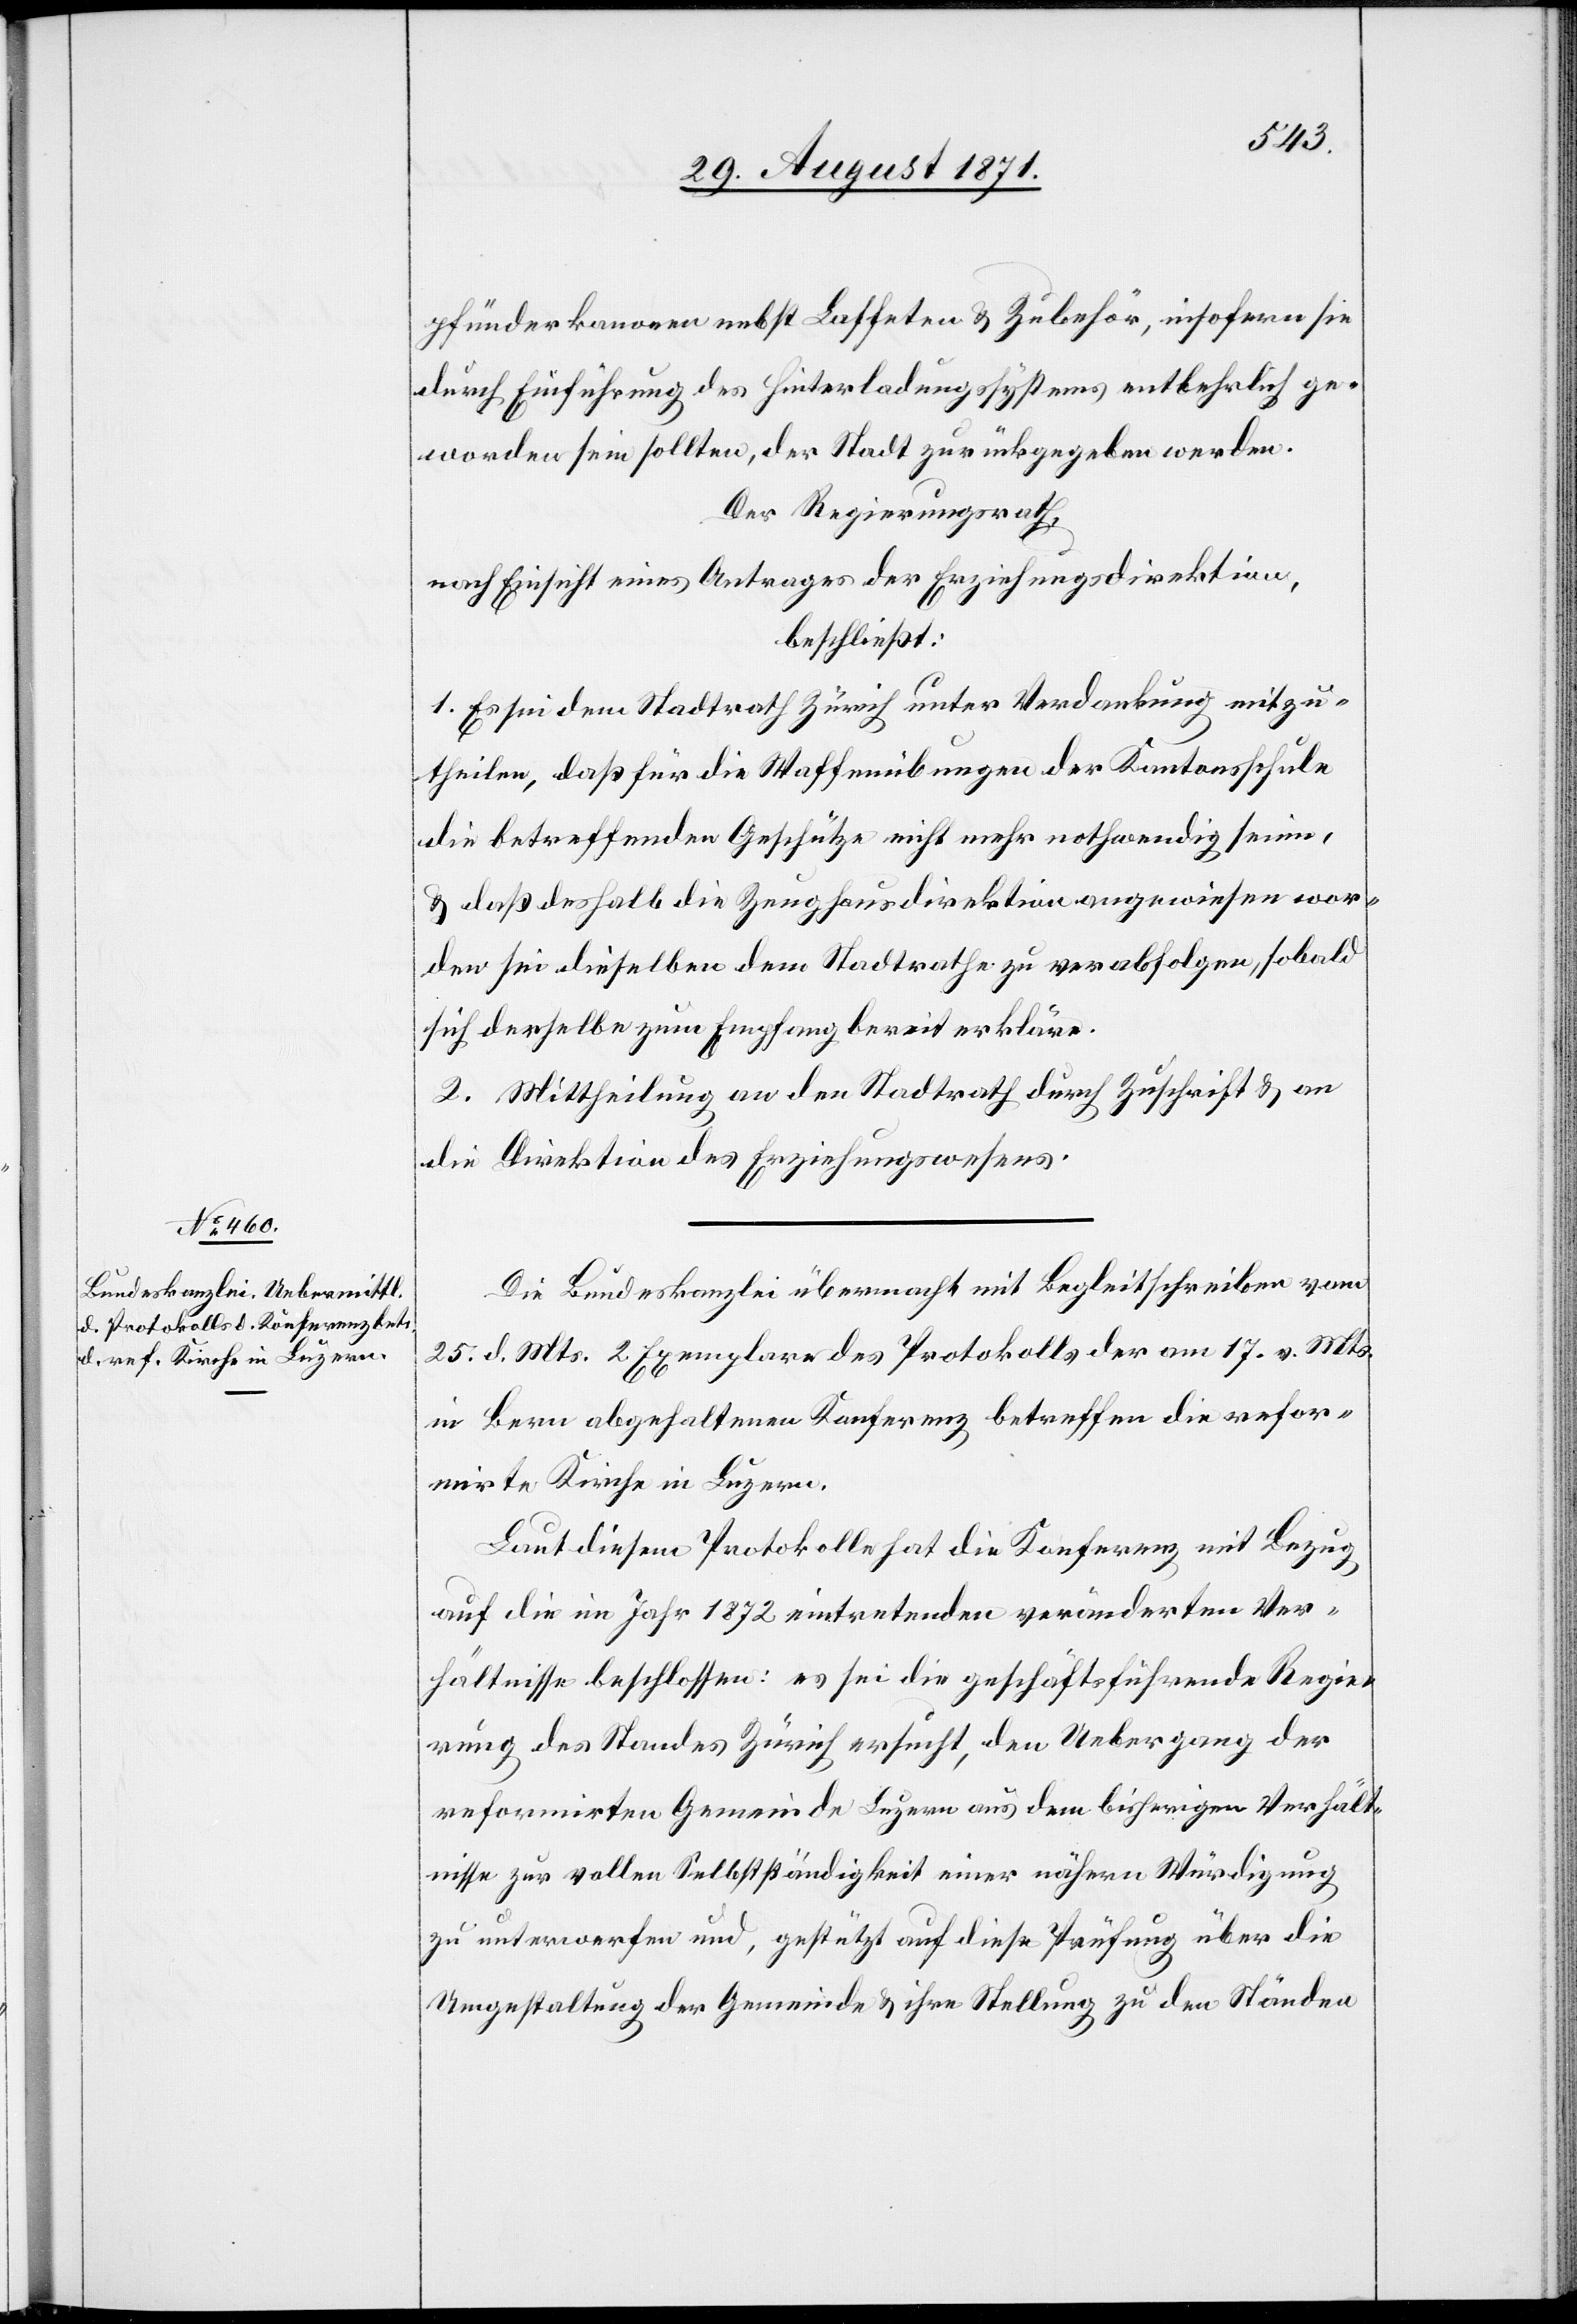
pfünderkanonen nebst Laffeten & Zubehör, insofern sie
durch Einführung der Hinterladungssystems entbehrlich ge¬
worden sein sollten, der Stadt zurückgegeben werden.
Der Regierungsrath,
nach Einsicht eines Antrages der Erziehungsdirektion,
beschließt:
1. Es sei dem Stadtrath Zürich unter Verdankung mitzu¬
theilen, daß für die Waffenübungen der Kantonsschule
die betreffenden Geschütze nicht mehr nothwendig seien,
& daß deshalb die Zeughausdirektion angewiesen wor¬
den sei, dieselben dem Stadtrathe zu verabfolgen, sobald
sich derselbe zum Empfang bereit erkläre.
2. Mittheilung an den Stadtrath durch Zuschrift & an
die Direktion des Erziehungswesens.
Die Bundeskanzlei übermacht mit Begleitschreiben vom
25. d. Mts. 2 Exemplare des Protokolls der am 17. v. Mts.
in Bern abgehaltenen Konferenz betreffen[d] die refor¬
mirte Kirche in Luzern.
Laut diesem Protokolle hat die Konferenz mit Bezug
auf die im Jahr 1872 eintretenden veränderten Ver¬
hältnisse beschlossen: es sei die geschäftsführende Regie¬
rung des Standes Zürich ersucht, den Uebergang der
reformirten Gemeinde Luzern aus dem bisherigen Verhält¬
nisse zur vollen Selbstständigkeit einer nähern Würdigung
zu unterwerfen und, gestützt auf diese Prüfung über die
Umgestaltung der Gemeinde & ihre Stellung zu den Ständen